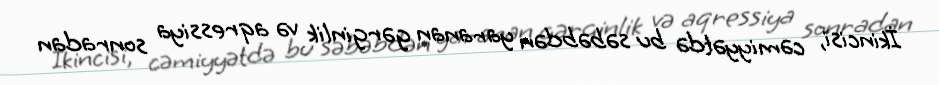
İkincisi, cəmiyyətdə bu səbəbdən yaranan gərginlik və aqressiya sonradan